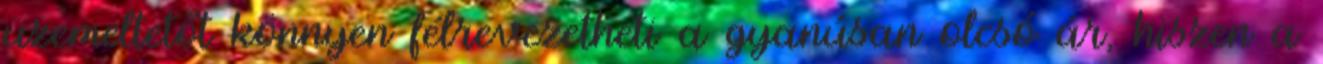
üzemeltetőt könnyen félrevezetheti a gyanúsan olcsó ár, hiszen a